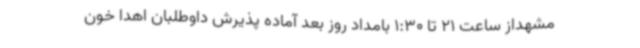
مشهداز ساعت 21 تا 1:30 بامداد روز بعد آماده پذیرش داوطلبان اهدا خون